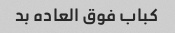
کباب فوق العاده بد